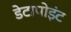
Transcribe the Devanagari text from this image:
डेटापोइंट